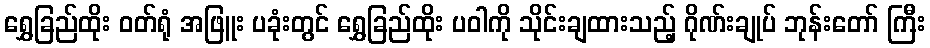
ရွှေခြည်ထိုး ဝတ်ရုံ အဖြူး ပခုံးတွင် ရွှေခြည်ထိုး ပဝါကို သိုင်းချထားသည့် ဂိုဏ်းချုပ် ဘုန်းတော် ကြီး